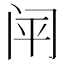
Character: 𰿬